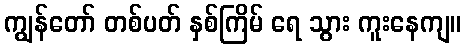
ကျွန်တော် တစ်ပတ် နှစ်ကြိမ် ရေ သွား ကူးနေကျ။